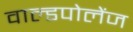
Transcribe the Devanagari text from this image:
वाल्डपोलेंज